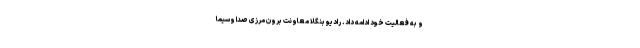
و به فعالیت خود ادامه داد. رادیو بنگلا معاونت برون مرزی صدا وسیما